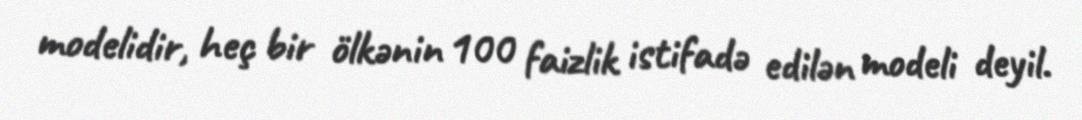
modelidir, heç bir ölkənin 100 faizlik istifadə edilən modeli deyil.